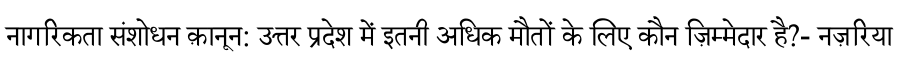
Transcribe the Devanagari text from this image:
नागरिकता संशोधन क़ानून: उत्तर प्रदेश में इतनी अधिक मौतों के लिए कौन ज़िम्मेदार है?- नज़रिया